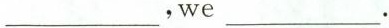
___, we ___.